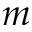
m